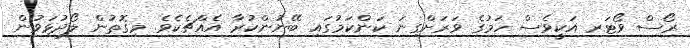
ރޯސް ވޯޓަރ އަކީވެސް ހަމުގެ ވަރަށްގިނަ ކަންކަމުގައި ބޭނުންކުރާ އެއްޗެކެވެ. މިގޮތުން ލޯދުޅަވުން